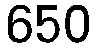
650